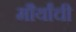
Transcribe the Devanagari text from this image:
मौर्यांची